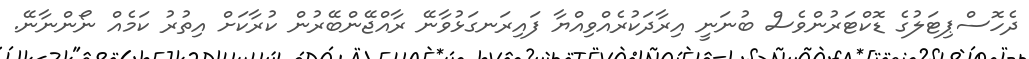
ދެހޮސްޕިޓަލުގެ ޑޮކްޓަރުންވެސް ބުނަނީ އިރާދަކުރެއްވިއްޔާ ފައިރަނގަޅުވާނޭ ރާއްޖޭންބޭރުން ކުރާކަށް އިތުރު ކަމެއް ނޯންނާނޭ.